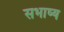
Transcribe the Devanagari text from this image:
सभाष्य